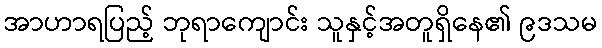
အာဟာရပြည့် ဘုရာကျောင်း သူနှင့်အတူရှိနေ၏ ၉ဒသမ